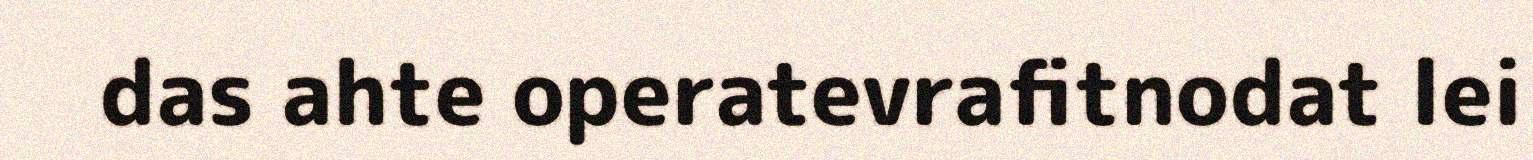
das ahte operatevrafitnodat lei